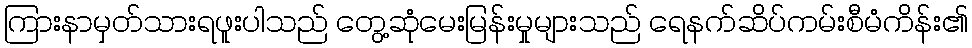
ကြားနာမှတ်သားရဖူးပါသည် တွေ့ဆုံမေးမြန်းမှုများသည် ရေနက်ဆိပ်ကမ်းစီမံကိန်း၏